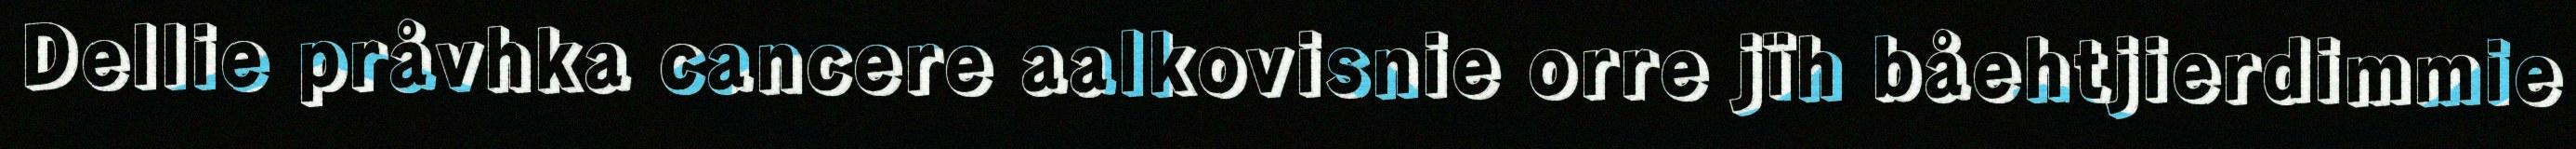
Dellie pråvhka cancere aalkovisnie orre jïh båehtjierdimmie